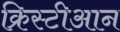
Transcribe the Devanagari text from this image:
क्रिस्टीआन